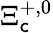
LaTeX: \Xi_{\mathsf{c}}^{+,0}